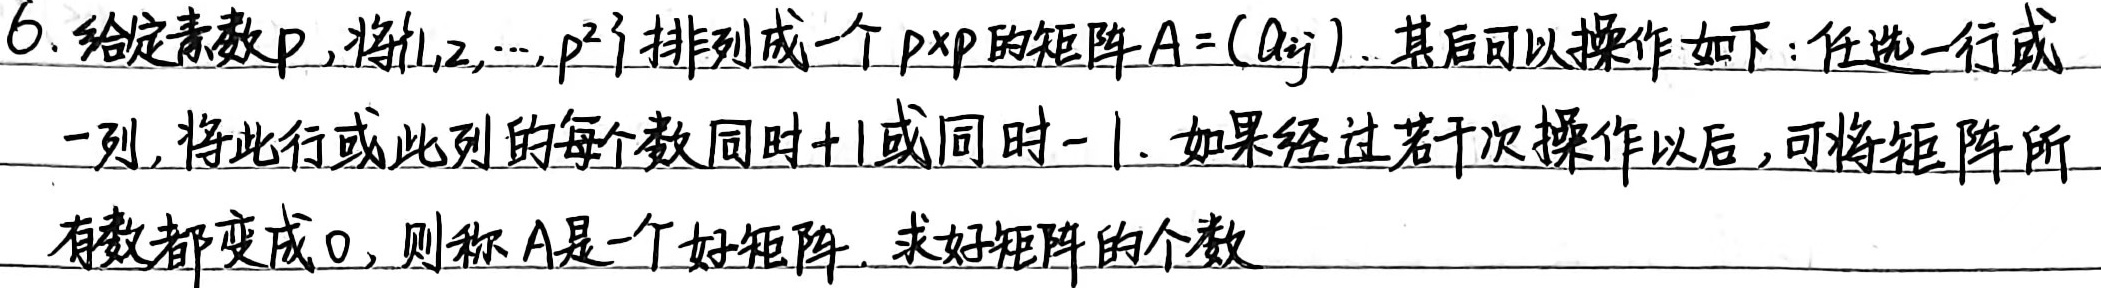
6. 给定素数 \(p\)，将 \(\{1,2,\cdots,p^{2}\}\) 排列成一个 \(p\times p\) 的矩阵 \(A=(a_{ij})\)。其后可以操作如下：任选一行或一列，将此行或此列的每个数同时 \(+ 1\) 或同时 \(-1\)。如果经过若干次操作以后，可将矩阵所有数都变成 \(0\)，则称 \(A\) 是一个好矩阵。求好矩阵的个数。